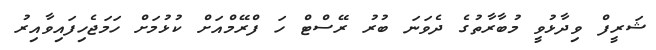
ޝަރީފް ވިދާޅުވީ މުބާރާތުގެ ދެވަނަ ބުރު ރޭސްޓް ހަ ފްރޭމްއަށް ކުޅުމަށް ހަމަޖެހިފައިވާއިރު